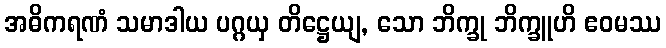
အဓိကရဏံ သမာဒါယ ပဂ္ဂယှ တိဋ္ဌေယျ, သော ဘိက္ခု ဘိက္ခူဟိ ဧဝမဿ